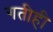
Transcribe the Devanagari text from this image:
गतीही